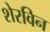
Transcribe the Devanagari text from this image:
शेरविन